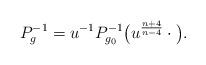
LaTeX: \begin{align*} P_g^{-1} = u^{-1} P_{g_0}^{-1} \big( u^{\frac{n+4}{n-4}} \cdot \big).\end{align*}